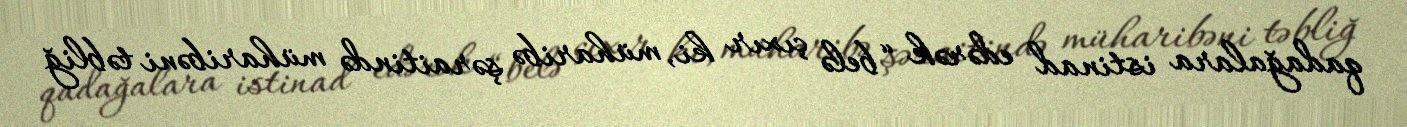
qadağalara istinad edərək “belə çıxır ki, müharibə şəraitində müharibəni təbliğ